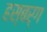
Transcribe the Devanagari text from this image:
हस्बर्ग